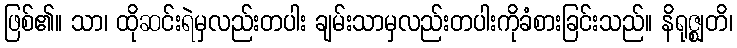
ဖြစ်၏။ သာ၊ ထိုဆင်းရဲမှလည်းတပါး ချမ်းသာမှလည်းတပါးကိုခံစားခြင်းသည်။ နိရုဇ္ဈတိ၊